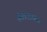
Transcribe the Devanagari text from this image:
दशअषार